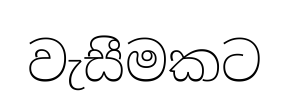
වැසීමකට